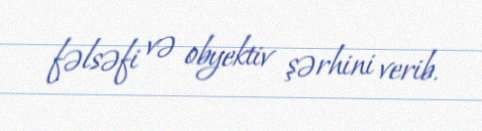
fəlsəfi və obyektiv şərhini verib.